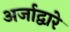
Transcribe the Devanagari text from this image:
अर्जाद्वारे